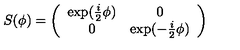
S ( \phi ) = \left( \begin{array} { c c } { \exp ( \frac { i } { 2 } \phi ) } & { 0 } \\ { 0 } & { \exp ( - \frac { i } { 2 } \phi ) } \\ \end{array} \right)